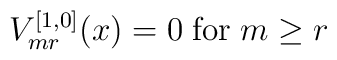
V_{mr}^{[1,0]}(x) = 0 \; \mbox{for} \; m \ge r